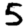
Digit: 5